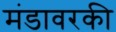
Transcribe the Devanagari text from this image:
मंडावरकी